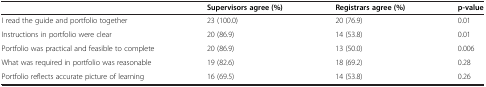
<table><thead><tr><td>[EMPTY_CELL]</td><td><b>Supervisors agree (%)</b></td><td><b>Registrars agree (%)</b></td><td><b>p-value</b></td></tr></thead><tbody><tr><td>I read the guide and portfolio together</td><td>23 (100.0)</td><td>20 (76.9)</td><td>0.01</td></tr><tr><td>Instructions in portfolio were clear</td><td>20 (86.9)</td><td>14 (53.8)</td><td>0.01</td></tr><tr><td>Portfolio was practical and feasible to complete</td><td>20 (86.9)</td><td>13 (50.0)</td><td>0.006</td></tr><tr><td>What was required in portfolio was reasonable</td><td>19 (82.6)</td><td>18 (69.2)</td><td>0.28</td></tr><tr><td>Portfolio reflects accurate picture of learning</td><td>16 (69.5)</td><td>14 (53.8)</td><td>0.26</td></tr></tbody></table>